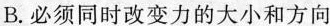
B.必须同时改变力的大小和方向